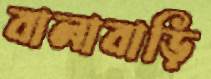
বালাবাড়ি